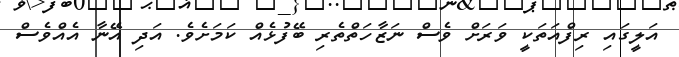
އަލީގައި ރިފްއަތަކީ ވަރަށް ވެސް ނަޒާހަތްތެރި ބޭފުޅެއް ކަމަށެވެ. އަދި އޭނާ އެއްވެސް